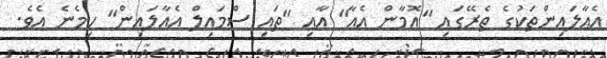
އެއާލައިންތަކުގެ ތެރޭގައި "އޮމާން އެއާ" އާއި "ތައި ސްމައިލް އެއާލައިން" ހިމެނެ އެވެ.